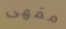
مقهى